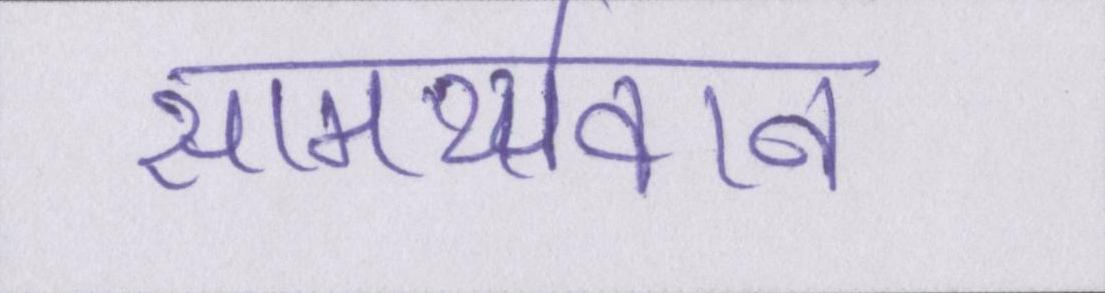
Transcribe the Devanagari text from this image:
सामर्थ्यवान